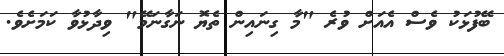
ބޭފުޅަކު ވެސް އެއަށް ވުރެ "މާ ގިނައިން ތެޔޮ ނަގާނަމޭ" ވިދާޅުވާ ކަމަށެވެ.